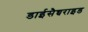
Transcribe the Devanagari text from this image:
डाईसैच्चराइड